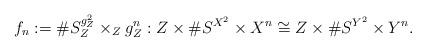
LaTeX: \begin{align*}f_n := \#S^{g^2_Z}_Z \times_Z g^n_Z : Z \times \#S^{X^2} \times X^n \cong Z \times \#S^{Y^2} \times Y^n.\end{align*}